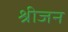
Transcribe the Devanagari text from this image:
श्रीजन